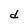
Character: d